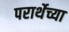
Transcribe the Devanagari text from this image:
परार्थेच्या